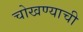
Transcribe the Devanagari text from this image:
चोखण्याची